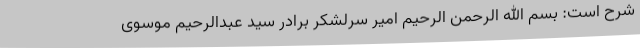
شرح است: بسم الله الرحمن الرحیم امیر سرلشکر برادر سید عبدالرحیم موسوی